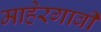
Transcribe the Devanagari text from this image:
माहेरगावी